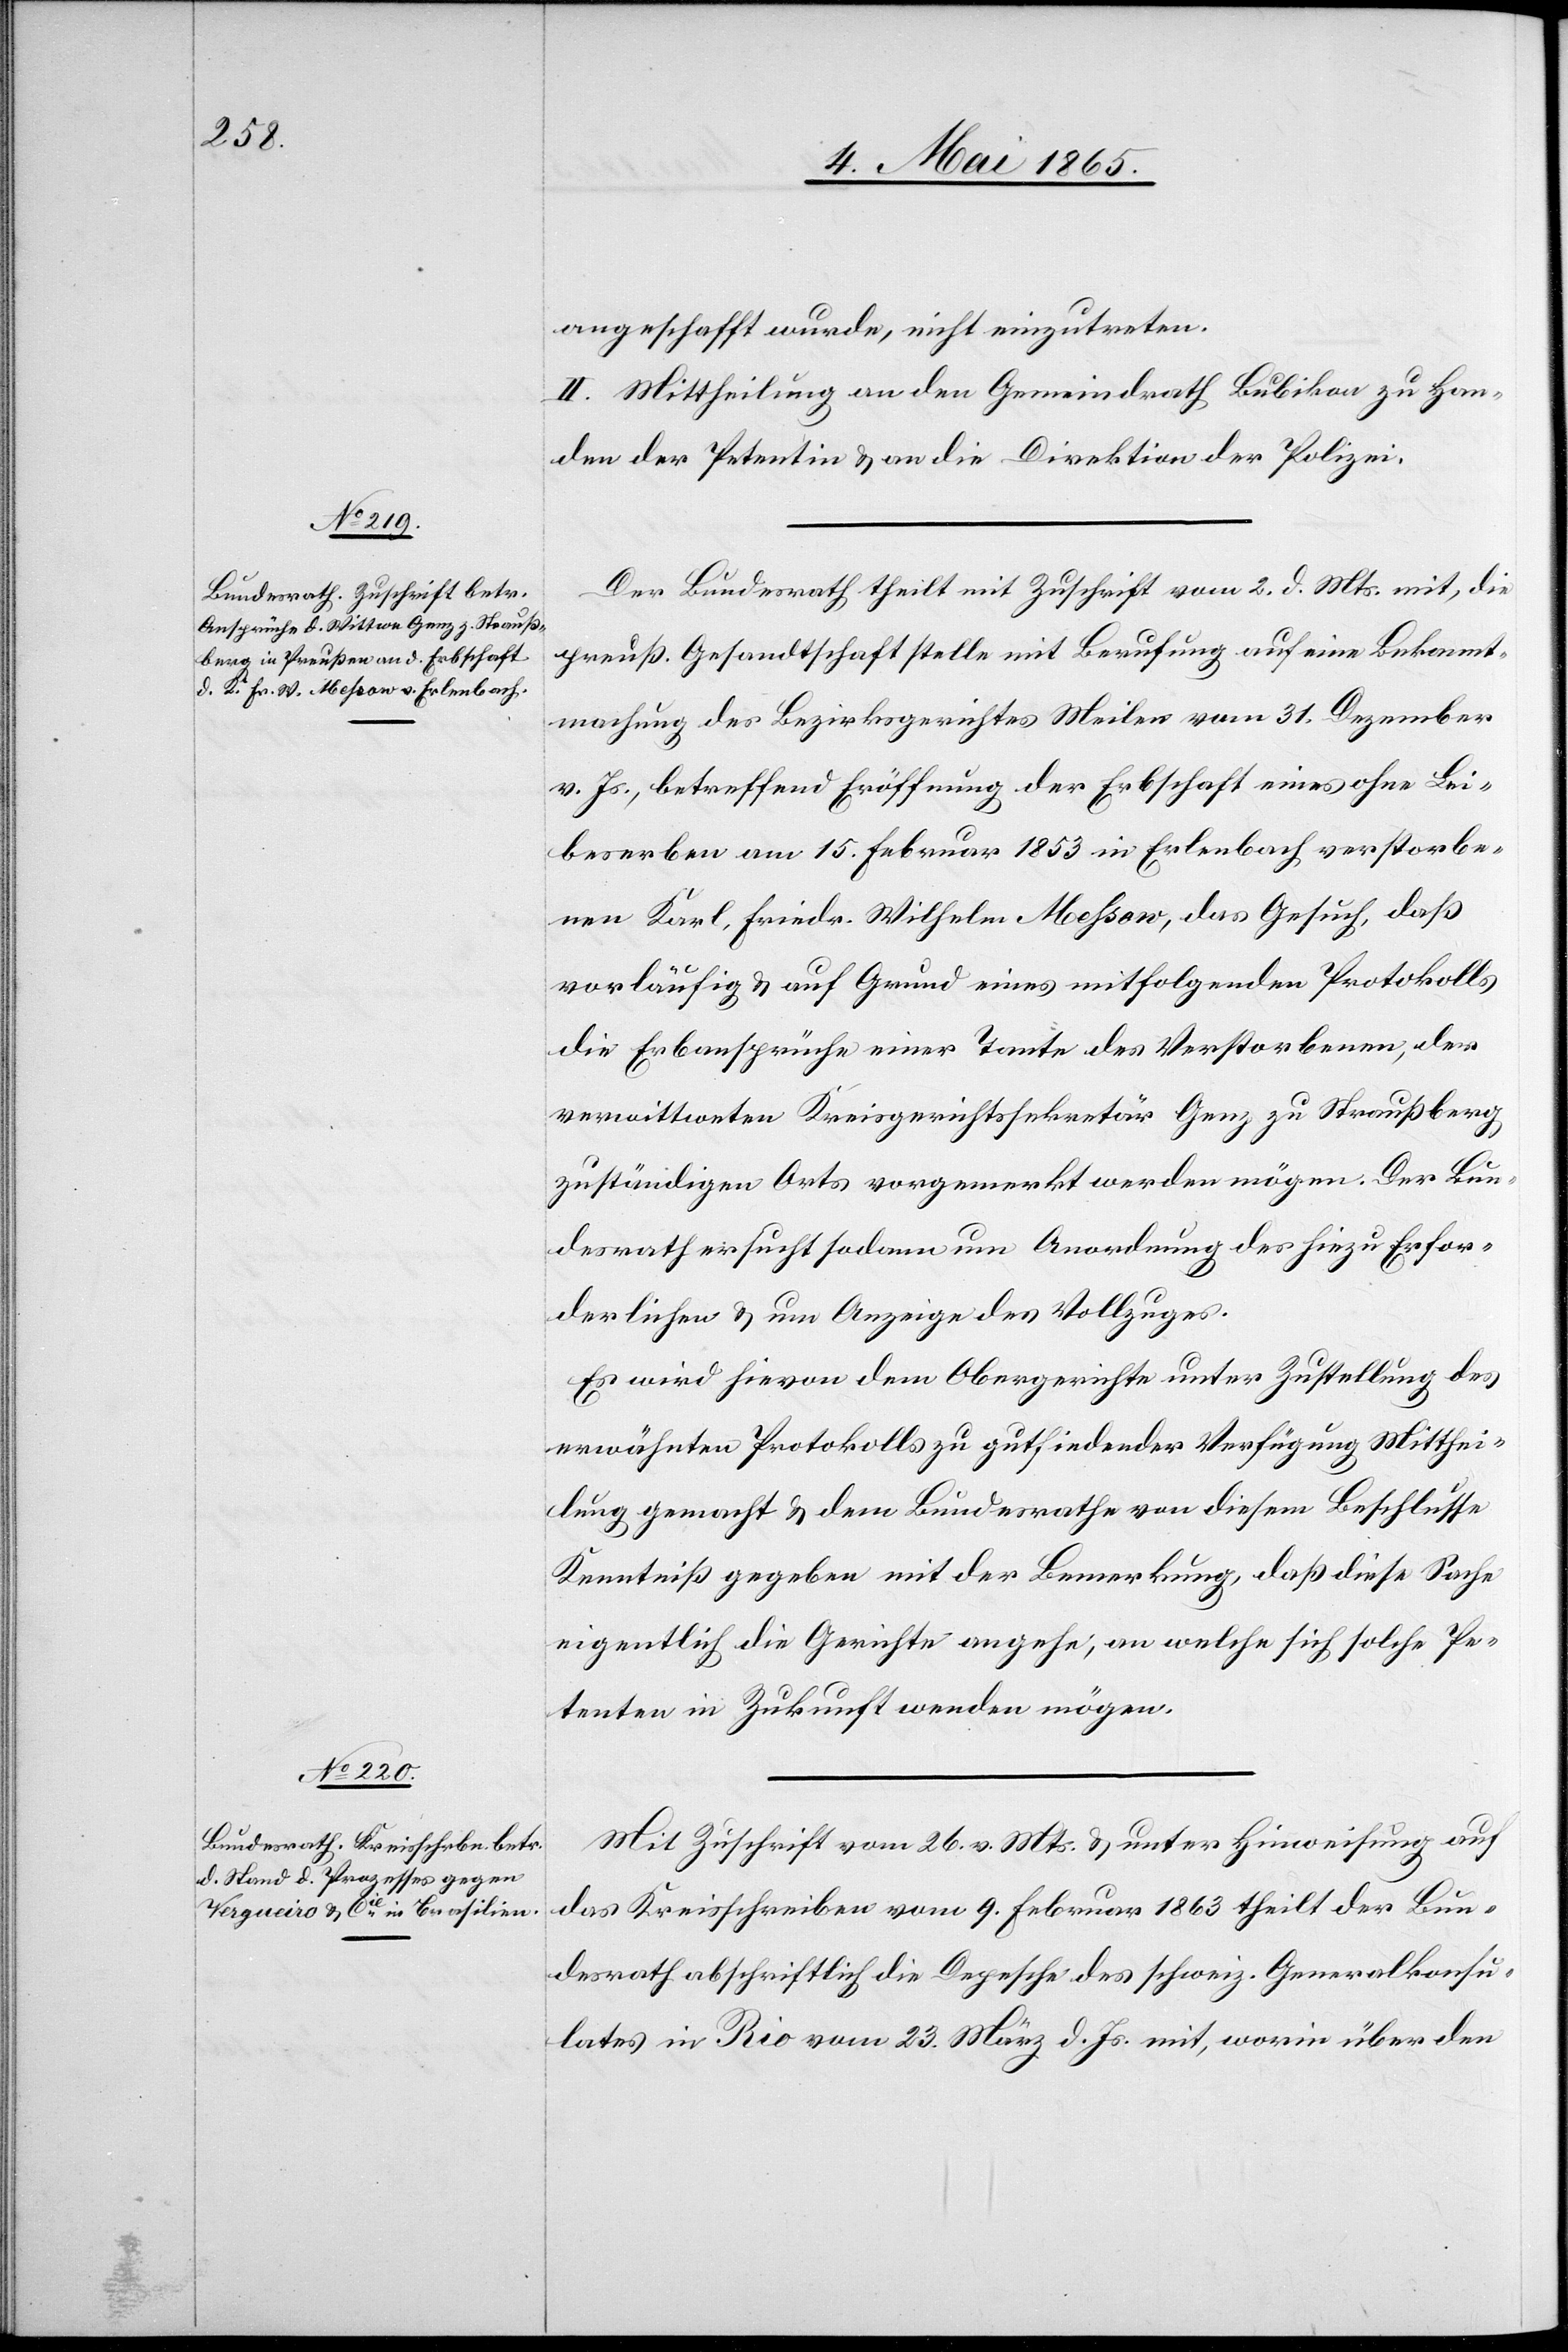
angeschafft wurde, nicht einzutreten.
II. Mittheilung an den Gemeindrath Bubikon zu Han¬
den der Petentin & an die Direktion der Polizei.
Der Bundesrath theilt mit Zuschrift vom 2. d. Mts. mit, die
preuß. Gesandtschaft stelle mit Berufung auf eine Bekannt¬
machung des Bezirksgerichtes Meilen vom 31. Dezember
v. Js., betreffend Eröffnung der Erbschaft eines ohne Lei¬
beserben am 15. Februar 1835 in Erlenbach verstorbe¬
nen Karl. Friedr. Wilhelm Messow, das Gesuch, daß
vorläufig & auf Grund eines mitfolgenden Protokolls
die Erbansprüche einer Tante des Verstorbenen, der
verwittweten Kreisgerichtssekretär Genz zu Straußberg,
zuständigen Orts vorgemerkt werden mögen. Der Bun¬
desrath ersucht sodann um Anordnung des hiezu Erfor¬
derlichen & um Anzeige des Vollzuges.
Es wird hievon dem Obergerichte unter Zustellung des
erwähnten Protokolls zu gutfindender Verfügung Mitthei¬
lung gemacht & dem Bundesrathe von diesem Beschlusse
Kenntniß gegeben mit der Bemerkung, daß diese Sache
eigentlich die Gerichte angehe, an welche sich solche Pe¬
tenten in Zukunft wenden mögen.
Mit Zuschrift vom 26. v. Mts. & unter Hinweisung auf
das Kreisschreiben vom 9. Februar 1863 theilt der Bun¬
desrath abschriftlich die Depesche des schweiz. Generalkonsu¬
lates in Rio vom 23. März d. Js. mit, worin über den